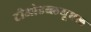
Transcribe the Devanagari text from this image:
टीओडब्लयूएल